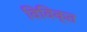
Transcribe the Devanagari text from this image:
विविक्त